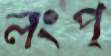
লংপ্